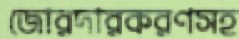
জোরদারকরণসহ